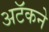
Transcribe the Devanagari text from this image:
अटॅकने